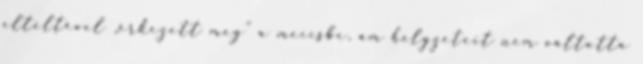
elteltével „érkezett meg” a meccsbe, ám helyzeteit nem váltotta